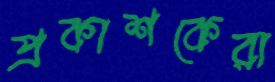
প্রকাশকেরা